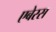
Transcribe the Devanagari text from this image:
एबेरस